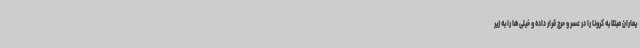
یماران مبتلا به کرونا را در عسر و حرج قرار داده و خیلی‌ها را به زیر